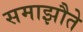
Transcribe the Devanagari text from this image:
समाझौते